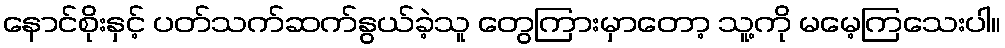
နောင်စိုးနှင့် ပတ်သက်ဆက်နွယ်ခဲ့သူ တွေကြားမှာတော့ သူ့ကို မမေ့ကြသေးပါ။